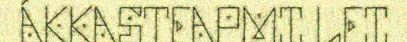
ÁKKASTEAPMI LEI